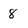
Character: 8